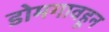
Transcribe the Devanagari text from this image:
डोमगावहून